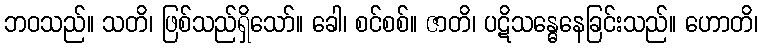
ဘဝသည်။ သတိ၊ ဖြစ်သည်ရှိသော်။ ခေါ၊ စင်စစ်။ ဇာတိ၊ ပဋိသန္ဓေနေခြင်းသည်။ ဟောတိ၊